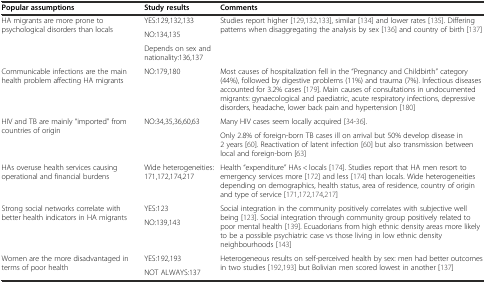
<table><thead><tr><td><b>Popular assumptions</b></td><td><b>Study results</b></td><td><b>Comments</b></td></tr></thead><tbody><tr><td rowspan="3">HA migrants are more prone to psychological disorders than locals</td><td>YES:129,132,133</td><td rowspan="3">Studies report higher [129,132,133], similar [134] and lower rates [135]. Differing patterns when disaggregating the analysis by sex [136] and country of birth [137]</td></tr><tr><td>NO:134,135</td></tr><tr><td>Depends on sex and nationality:136,137</td></tr><tr><td>Communicable infections are the main health problem affecting HA migrants</td><td>NO:179,180</td><td>Most causes of hospitalization fell in the “Pregnancy and Childbirth” category (44%), followed by digestive problems (11%) and trauma (7%). Infectious diseases accounted for 3.2% cases [179]. Main causes of consultations in undocumented migrants: gynaecological and paediatric, acute respiratory infections, depressive disorders, headache, lower back pain and hypertension [180]</td></tr><tr><td rowspan="2">HIV and TB are mainly “imported” from countries of origin</td><td rowspan="2">NO:34,35,36,60,63</td><td>Many HIV cases seem locally acquired [34-36].</td></tr><tr><td>Only 2.8% of foreign-born TB cases ill on arrival but 50% develop disease in 2 years [60]. Reactivation of latent infection [60] but also transmission between local and foreign-born [63]</td></tr><tr><td>HAs overuse health services causing operational and financial burdens</td><td>Wide heterogeneities: 171,172,174,217</td><td>Health “expenditure” HAs &lt; locals [174]. Studies report that HA men resort to emergency services more [172] and less [174] than locals. Wide heterogeneities depending on demographics, health status, area of residence, country of origin and type of service [171,172,174,217]</td></tr><tr><td rowspan="2">Strong social networks correlate with better health indicators in HA migrants</td><td>YES:123</td><td rowspan="2">Social integration in the community positively correlates with subjective well being [123]. Social integration through community group positively related to poor mental health [139]. Ecuadorians from high ethnic density areas more likely to be a possible psychiatric case vs those living in low ethnic density neighbourhoods [143]</td></tr><tr><td>NO:139,143</td></tr><tr><td rowspan="2">Women are the more disadvantaged in terms of poor health</td><td>YES:192,193</td><td rowspan="2">Heterogeneous results on self-perceived health by sex: men had better outcomes in two studies [192,193] but Bolivian men scored lowest in another [137]</td></tr><tr><td>NOT ALWAYS:137</td></tr></tbody></table>